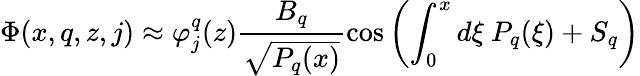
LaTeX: \Phi(x,q,z,j)\approx\varphi_{j}^{q}(z)\frac{B_{q}}{\sqrt{P_{q}(x)}}\cos\left(\int_{0}^{x}d\xi\ P_{q}(\xi)+S_{q}\right)